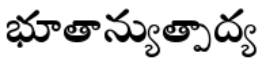
భూతాన్యుత్పాద్య